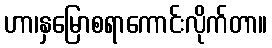
ဟာ၊နှမြောစရာကောင်းလိုက်တာ။